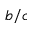
b / c